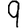
Digit: 9